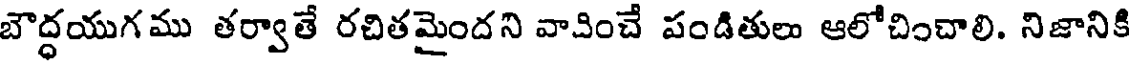
బౌద్ధయుగము తర్వాతే రచితమైందని వాచించే పండితులు ఆలోచించాలి. నిజానికి